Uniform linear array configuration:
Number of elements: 16
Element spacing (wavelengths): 0.75
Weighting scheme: kaiser
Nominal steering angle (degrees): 60
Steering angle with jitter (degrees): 58.414
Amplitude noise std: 0.05
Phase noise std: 0.05

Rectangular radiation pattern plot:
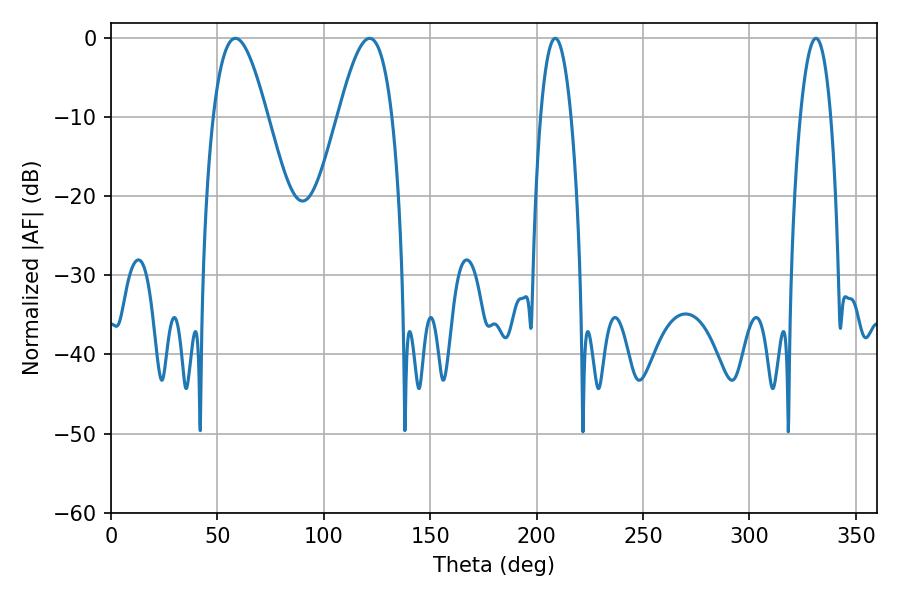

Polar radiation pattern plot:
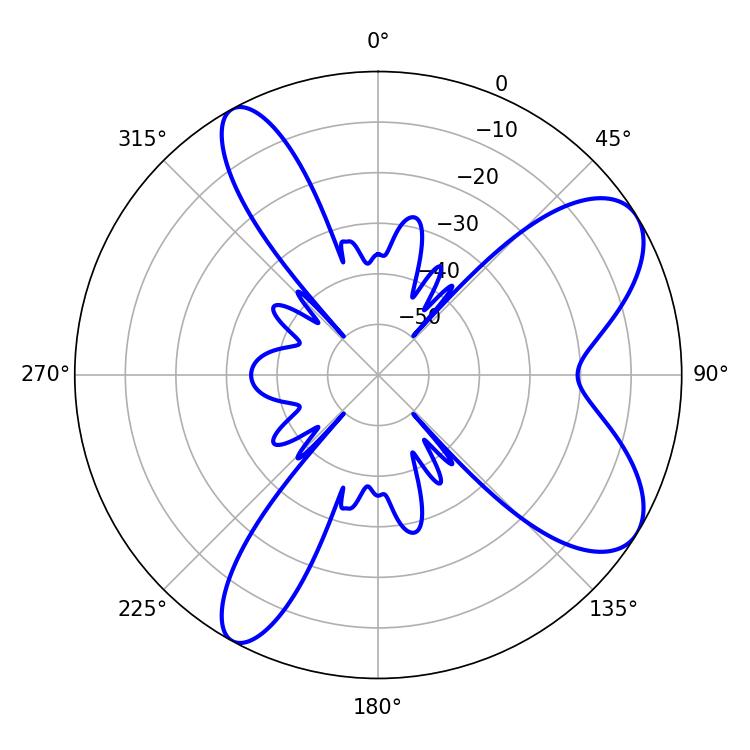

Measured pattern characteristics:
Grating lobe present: TRUE
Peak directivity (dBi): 8.088
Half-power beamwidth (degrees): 13.68
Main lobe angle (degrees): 121.5